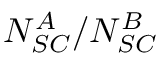
N _ { S C } ^ { A } / N _ { S C } ^ { B }